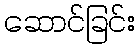
ဆောင်ခြင်း